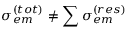
\sigma _ { e m } ^ { ( t o t ) } \neq \sum \sigma _ { e m } ^ { ( r e s ) }